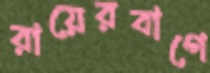
রায়েরবাগে